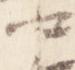
中